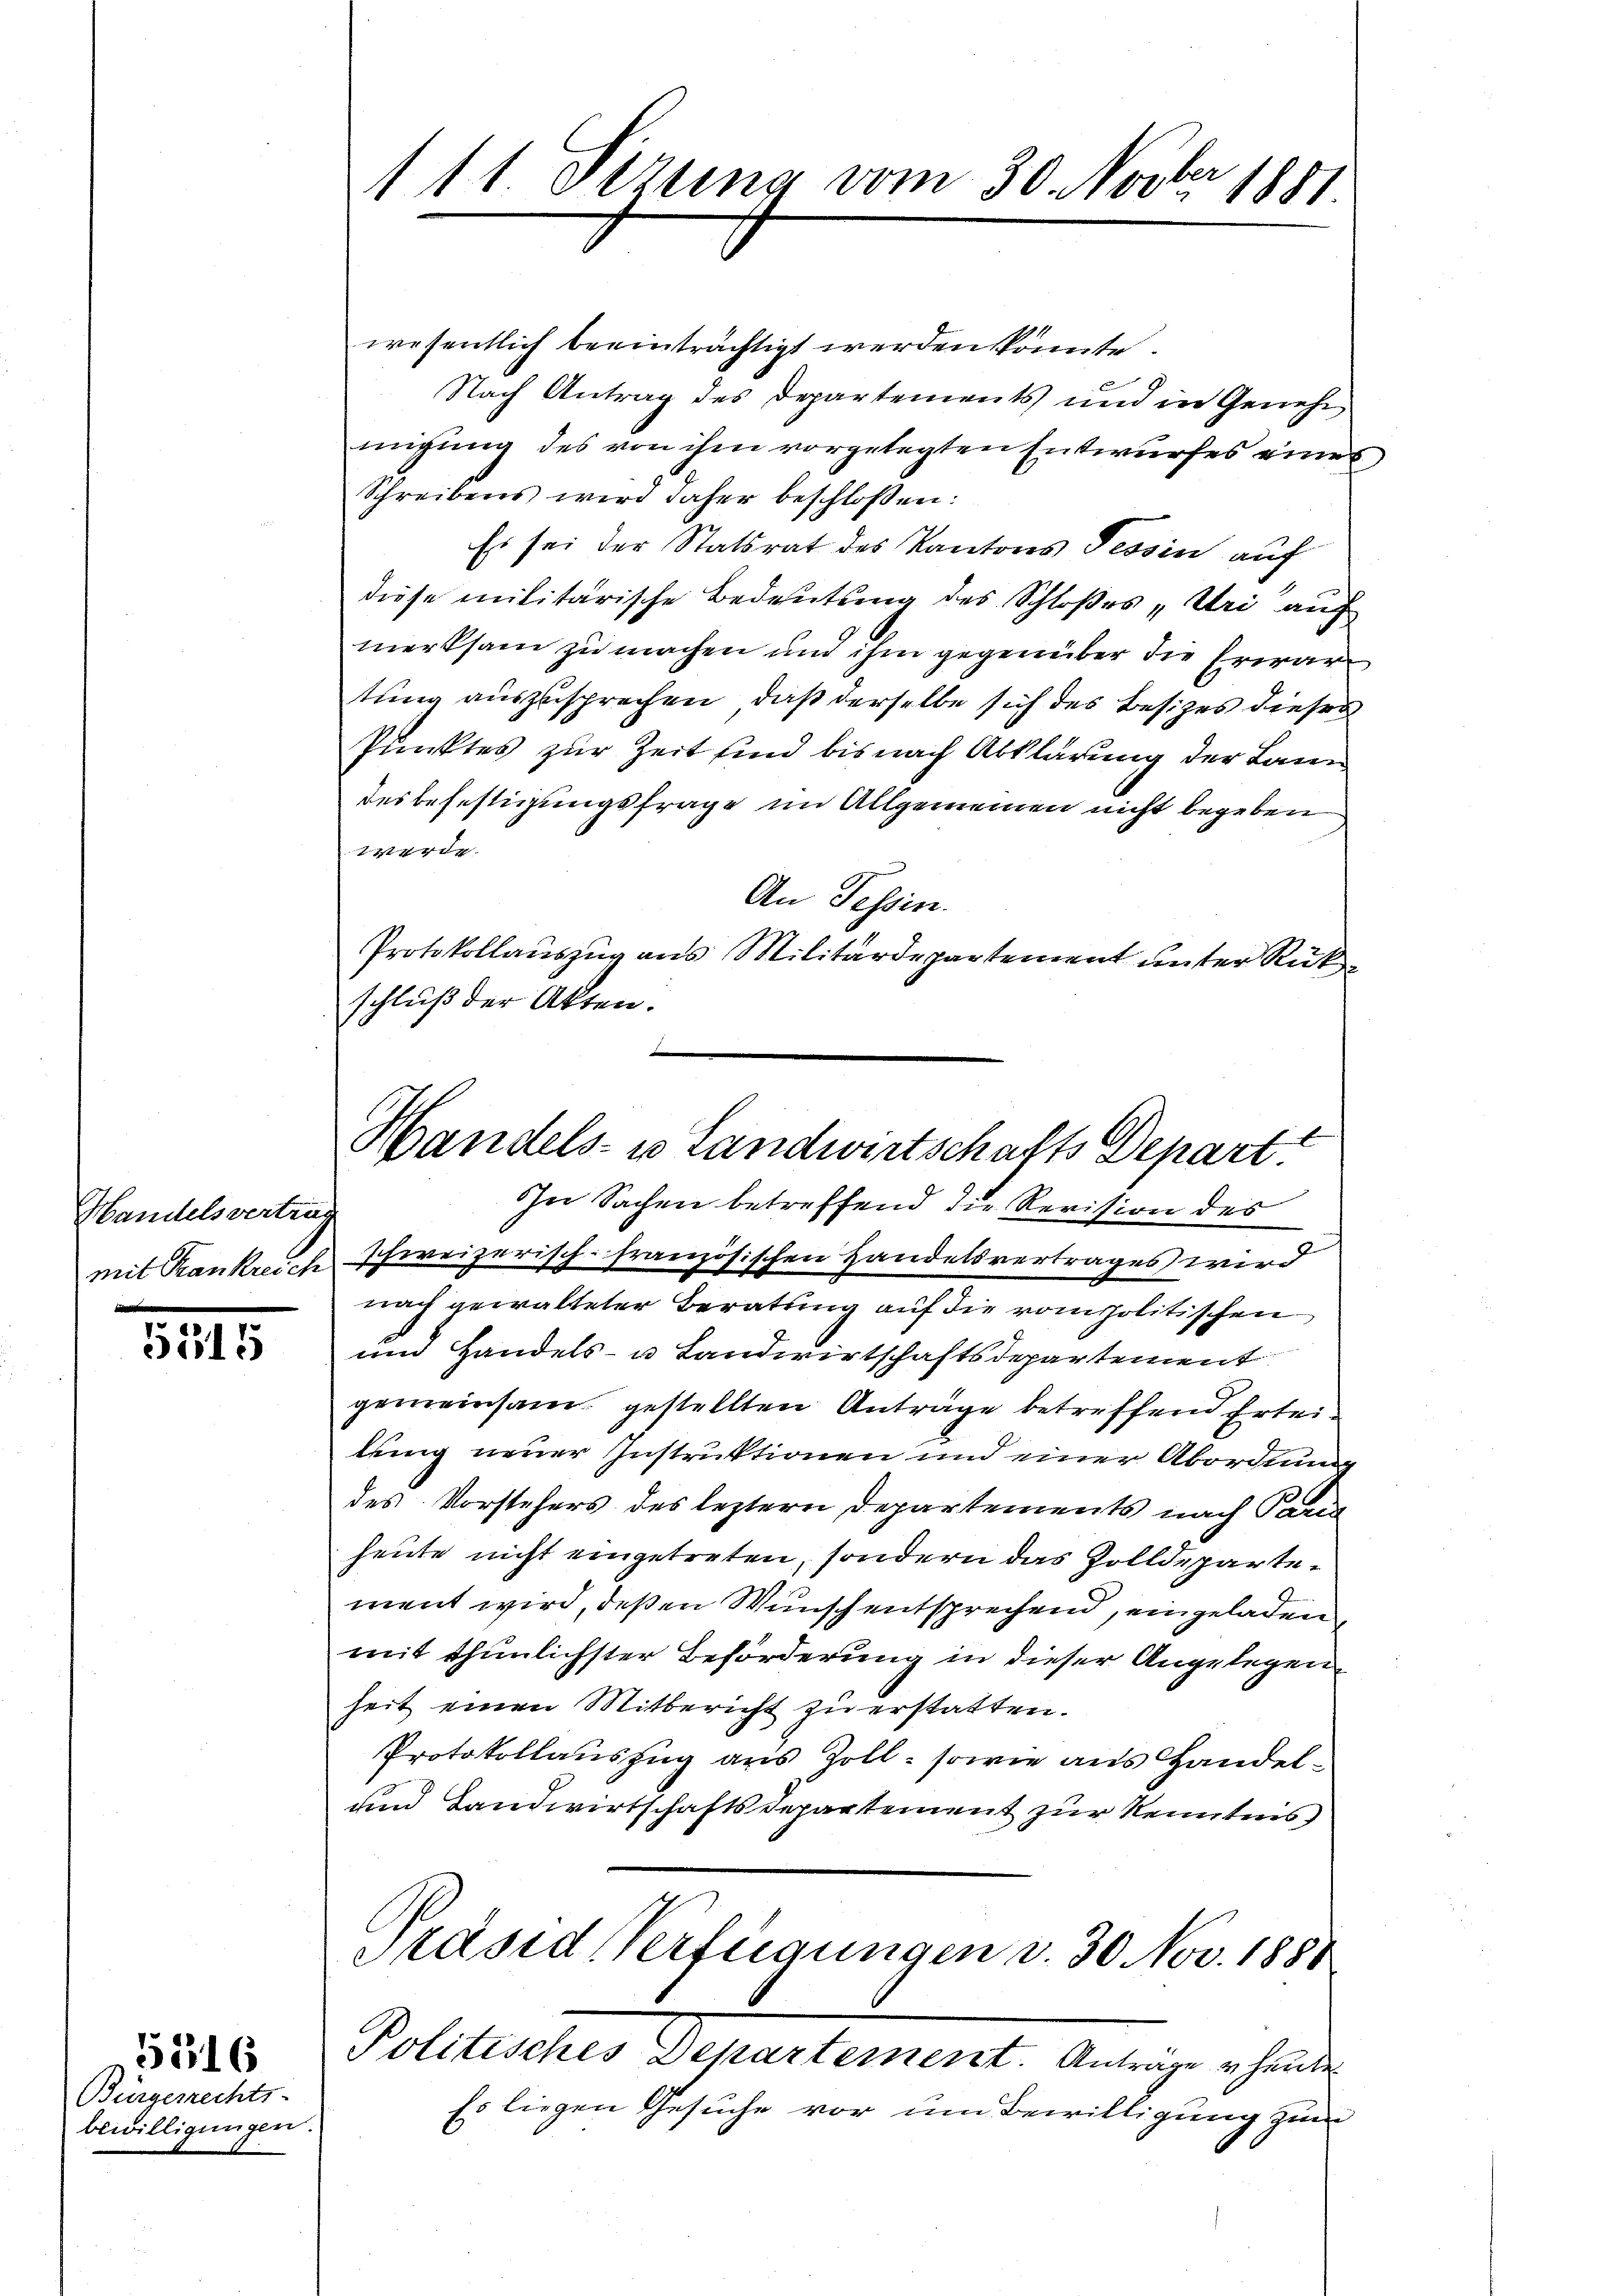
Handelsvertrag

5515

Bürgerrechts-
bewilligungen.

5116

111. Serena vom 30. Novber 1891

Handels- u Landwirtschafts Depart.
In Sachen betreffend die Revision des

wesentlich beeinträchtigt werden könnte.
Nach Antrag des Departements und in Genehm
migung des von ihm vorgelegten Entwurfes eine
Schreibens wird daher beschlossen:
Es sei der Statsrat des Kantons Tessin auf
diese militarische Bedeutung des Schloßes „Uri auch
merksam zu machen und ihm gegenüber die Erwartung auszusprechen, daß derselbe sich des Besizes dieser
Punktes zur Zeit sind bis nach Abklärung der Lann
desbefestigungsfrage im Allgemeinen nicht begeben
werde.
An Tessin.
Protokollauszug aus Militärdepartement unter Rückschluß der Akten.
mit Rankreich schweizerisch-französischen Handelsvertrages wird
nach gewalteter Beratung auf die vom politischen
und Handels- u Landwirtschaftsdepartement
gemeinsam gestellten Anträge betreffend Erteilung neuer Instruktionen und einer Abordnung
des Vorstehers des leztern Departements nach Pand
heute nicht eingetreten, sondern das Zolldepartement wird, deßen Wunsch entsprechend, eingeladen,
mit thunlichster Beförderung in dieser Angelegen
heit einen Mitbericht zu erstatten.
Protokollauszug aus Zoll, sowie aus Handel¬
und Landwirtschaftsdepartement zur Kenntnis
Präsid Verfügungen v. 30. Nov. 1888
Politischer Departement. Antrage scheine
Es liegen Gesuche vor um Bewilligung zum